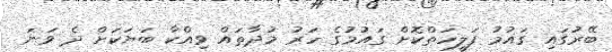
ބޭރުގައި ގައުމު ފަލީހަތްކޮށް ގައުމުގެ ހަރު މުދާތައް ވިއްކާ ބަޔަކަށް ދެ ވަނަ